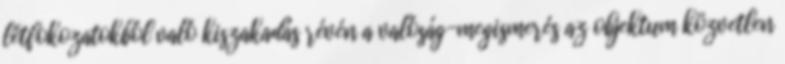
létfokozatokból való kiszakadás révén a valóság-megismerés az objektum közvetlen